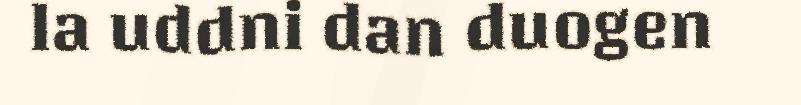
la uddni dan duogen